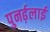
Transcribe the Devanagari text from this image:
पुनर्ढ़लाई